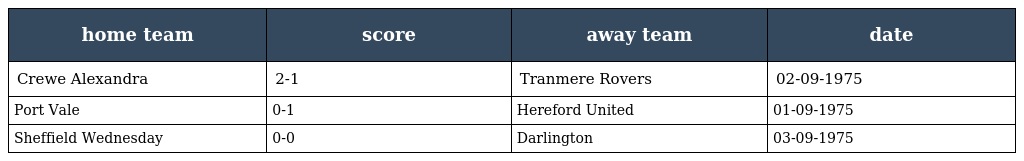
| home team | score | away team | date |
 | --- | --- | --- | --- |
 | Crewe Alexandra | 2-1 | Tranmere Rovers | 02-09-1975 |
 | Port Vale | 0-1 | Hereford United | 01-09-1975 |
 | Sheffield Wednesday | 0-0 | Darlington | 03-09-1975 |